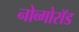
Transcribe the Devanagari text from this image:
नोव्गोरॉड